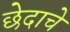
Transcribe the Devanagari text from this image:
छेदाचे